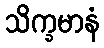
သိက္ခမာနံ